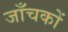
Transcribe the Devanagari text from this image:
जाँचकों